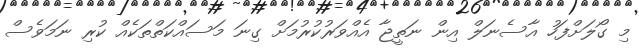
މި ގޯލަށްފަހު އާސެނަލް އިން ނަތީޖާ އެއްވަރުކުރުމަށް ގިނަ މަސައްކަތްތަކެއް ކުރި ނަމަވެސް